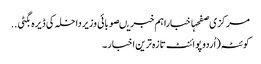
مرکزی صفحہاخباراہم خبریںصوبائی وزیرداخلہ کی ڈیرہ بگٹی ..
کوئٹہ(اُردو پوائنٹ تازہ ترین اخبار۔